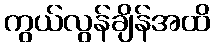
ကွယ်လွန်ချိန်အထိ